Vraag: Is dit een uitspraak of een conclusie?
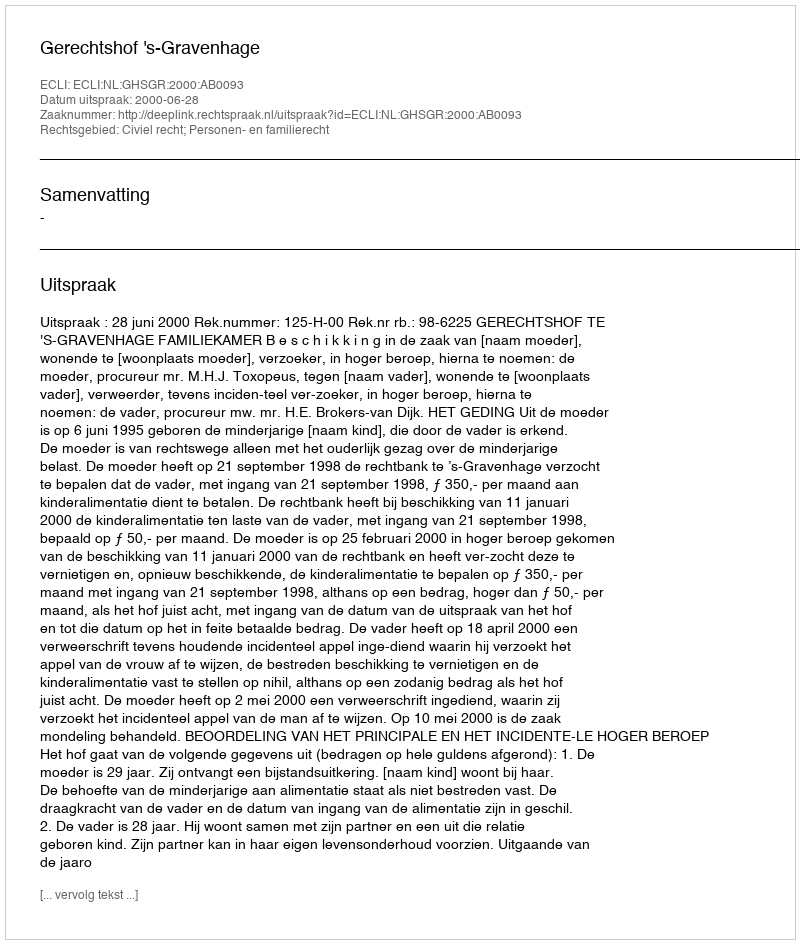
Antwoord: Uitspraak